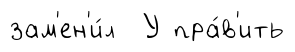
зам'ен'и́л У пра́в'ить